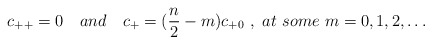
\begin{align*}c_{++}=0 \quad and \quad c_{+} = ({n \over 2} - m) c_{+0} \ , \ at \ some\ m=0,1,2,\dots\end{align*}